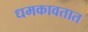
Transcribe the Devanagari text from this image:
धमकावतात